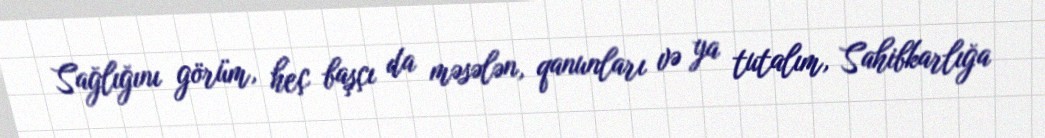
Sağlığını görüm, heç başçı da məsələn, qanunları və ya tutalım, Sahibkarlığa